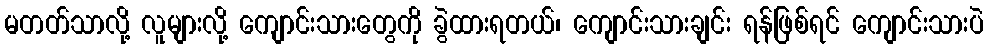
မတတ်သာလို့ လူများလို့ ကျောင်းသားတွေကို ခွဲထားရတယ်၊ ကျောင်းသားချင်း ရန်ဖြစ်ရင် ကျောင်းသားပဲ